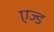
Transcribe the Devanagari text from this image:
एज्ड